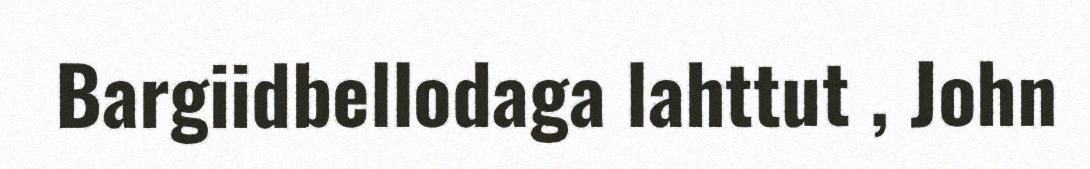
Bargiidbellodaga lahttut , John